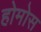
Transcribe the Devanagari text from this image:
होमोस